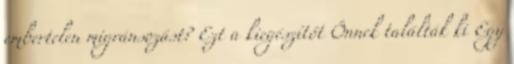
embertelen migránsozást? Ezt a kiegészítőt Önnek találták ki Egy